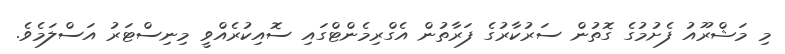
މި މަޝްރޫއު ފެށުމުގެ ގޮތުން ސަރުކާރުގެ ފަރާތުން އެގްރިމެންޓްގައި ސޮއިކުރެއްވީ މިނިސްޓަރު އަސްލަމެވެ.